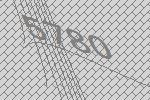
5780